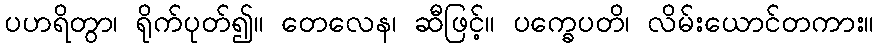
ပဟရိတွာ၊ ရိုက်ပုတ်၍။ တေလေန၊ ဆီဖြင့်။ ပက္ခေပတိ၊ လိမ်းယောင်တကား။